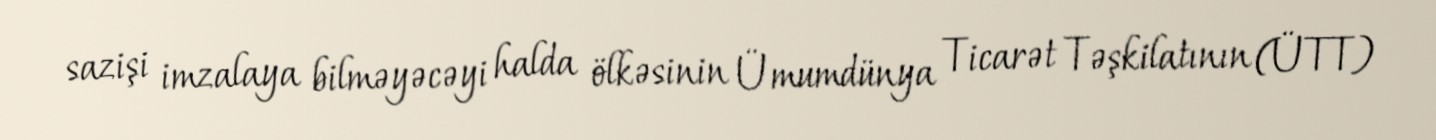
sazişi imzalaya bilməyəcəyi halda ölkəsinin Ümumdünya Ticarət Təşkilatının (ÜTT)